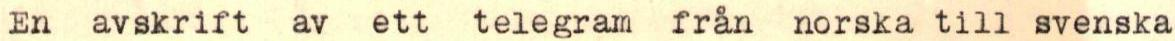
En avskrift av ett telegram från norska till svenska